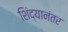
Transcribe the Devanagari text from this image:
शिंद्यानंतर